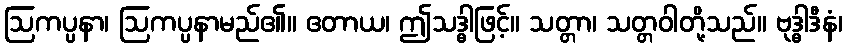
ဩကပ္ပနာ၊ ဩကပ္ပနာမည်၏။ ဧတာယ၊ ဤသဒ္ဓါဖြင့်။ သတ္တာ၊ သတ္တဝါတို့သည်။ ဗုဒ္ဓါဒီနံ၊